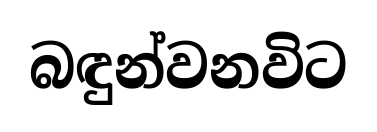
බඳුන්වනවිට